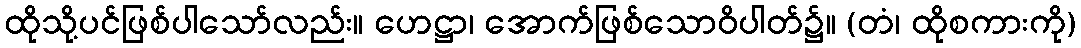
ထိုသို့ပင်ဖြစ်ပါသော်လည်း။ ဟေဋ္ဌာ၊ အောက်ဖြစ်သောဝိပါတ်၌။ (တံ၊ ထိုစကားကို)